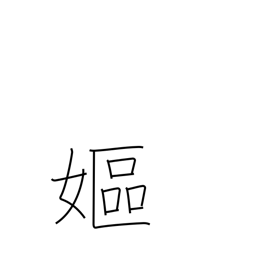
Meaning: old woman